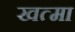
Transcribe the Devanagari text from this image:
खत्मा